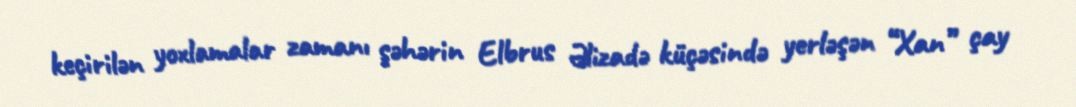
keçirilən yoxlamalar zamanı şəhərin Elbrus Əlizadə küçəsində yerləşən “Xan” çay